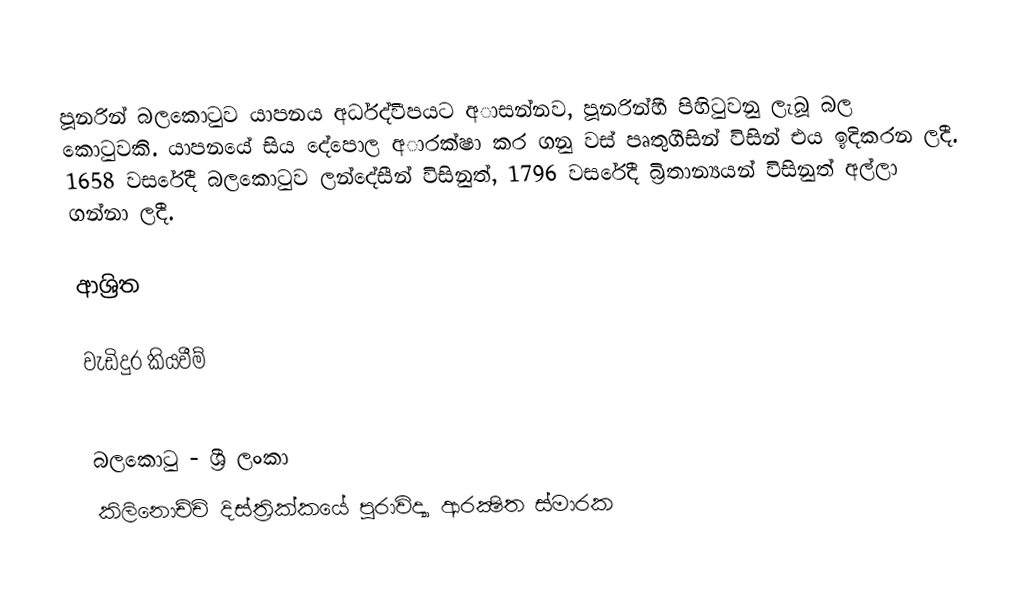
පූනරින් බලකොටුව යාපනය අර්ධද්වීපයට අාසන්නව, පූනරින්හී පිහිටුවනු ලැබූ බල කොටුවකි. යාපනයේ සිය දේපොල අාරක්ෂා කර ගනු වස් පෘතුගීසින් විසින් එය ඉදිකරන ලදී. 1658 වසරේදී බලකොටුව ලන්දේසීන් විසිනුත්, 1796 වසරේදී බ්‍රිතාන්‍යයන් විසිනුත් අල්ලා ගන්නා ලදී.

ආශ්‍රිත

වැඩිදුර කියවීම්

බලකොටු - ශ්‍රී ලංකා
කිලිනොච්චි දිස්ත්‍රික්කයේ පුරාවිද්‍යා ආරක්‍ෂිත ස්මාරක